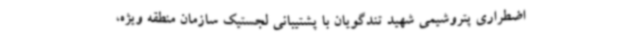
اضطراری پتروشیمی شهید تندگویان با پشتیبانی لجستیک سازمان منطقه ویژه،